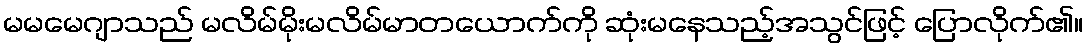
မမမေဂျာသည် မလိမ်မိုးမလိမ်မာတယောက်ကို ဆုံးမနေသည့်အသွင်ဖြင့် ပြောလိုက်၏။